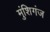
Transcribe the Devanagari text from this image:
मुंशिगंज